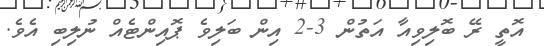
އޮތީ ރޭ ބޮލިވިއާ އަތުން 3-2 އިން ބަލިވެ ޕޮއިންޓެއް ނުލިބި އެވެ.